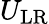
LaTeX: U_{\mathrm{LR}}